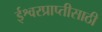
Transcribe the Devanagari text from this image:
ईश्वरप्राप्‍तीसाठी